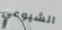
الشيوعي